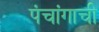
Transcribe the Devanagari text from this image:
पंचांगाची